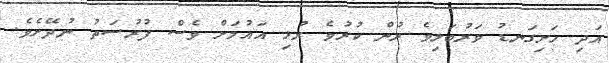
އަދި ހަށިގަނޑު ވަރުބަލިވެ ރުން ކުރުވެ ރުޅި އައުމަށް ވެސް ފުރުސަތު ނުދޭށެވެ.